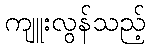
ကျူးလွန်သည့်